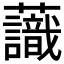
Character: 𧄹